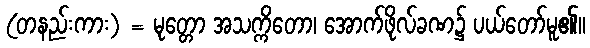
(တနည်းကား) = မုတ္တော အသက္ကိတော၊ အောက်ဖိုလ်ခဏ၌ ပယ်တော်မူ၏။